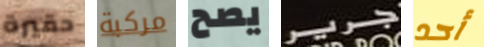
حقيرة مركبة يصح جرير أحد